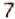
7